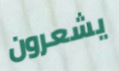
يشعرون